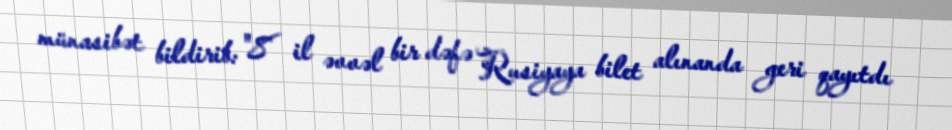
münasibət bildirib: "8 il əvvəl bir dəfə Rusiyaya bilet alınanda geri qayıtdı